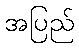
အပြည်